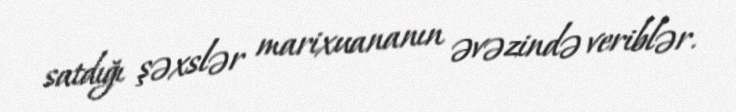
satdığı şəxslər marixuananın əvəzində veriblər.